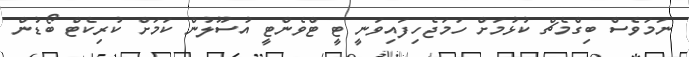
ނަމަވެސް ބިގްމެޗް ކުޅުމަށް ހަމަޖެހިފައިވަނީ ޓީ ޓްވެންޓީ އުސޫލުން ކަމަށް ކުރިކެޓް ބޯޑުން